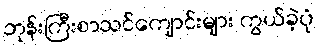
ဘုန်းကြီးစာသင်ကျောင်းများ ကွယ်ခဲ့ပုံ